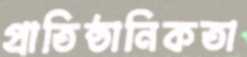
প্রাতিষ্ঠানিকতা